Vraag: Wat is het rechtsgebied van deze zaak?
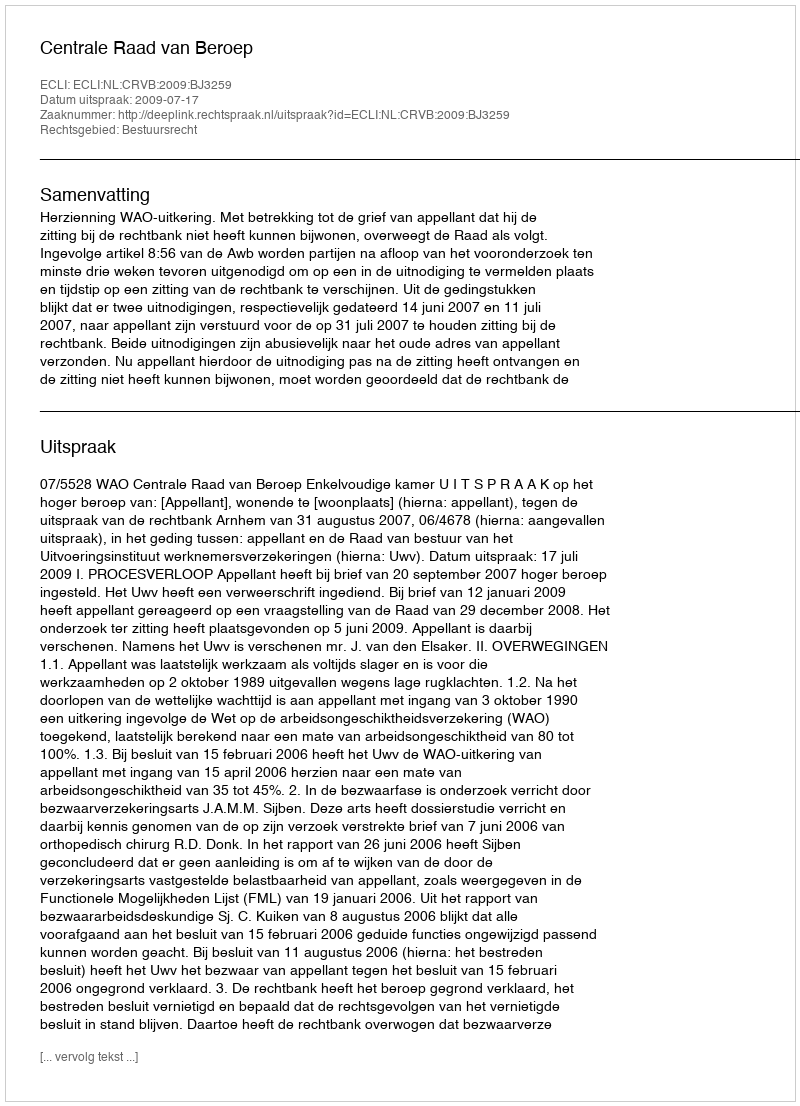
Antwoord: Bestuursrecht